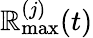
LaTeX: \mathbb{R}_{\mathrm{{max}}}^{(j)}(t)